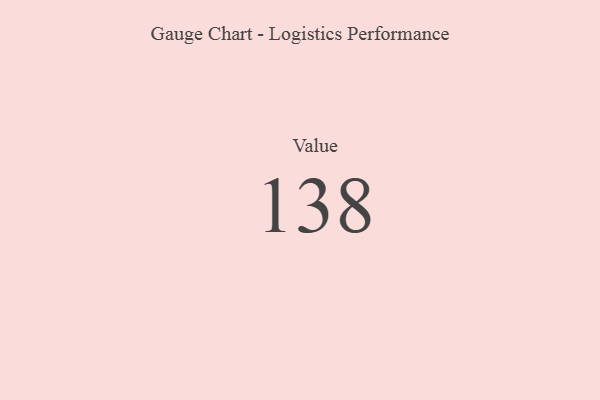
{"axis": {"x": "Metric", "y": "Value"}, "legend": [""], "data": [{"x": "Value", "y": 138, "type": ""}]}